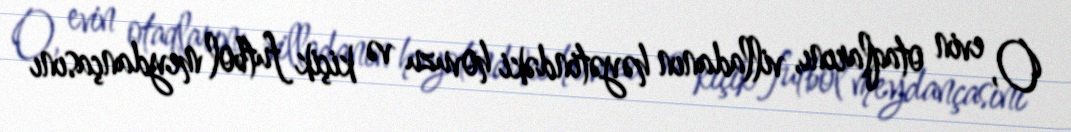
O, evin otaqlarını, villadanın həyətindəki hovuzu və kiçik futbol meydançasını